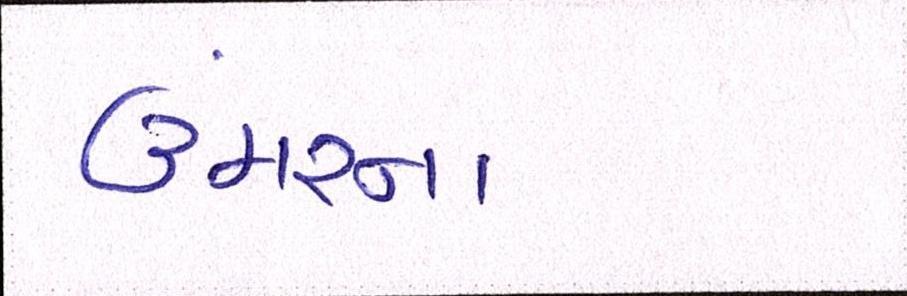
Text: ઉંમરના